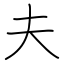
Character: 夫